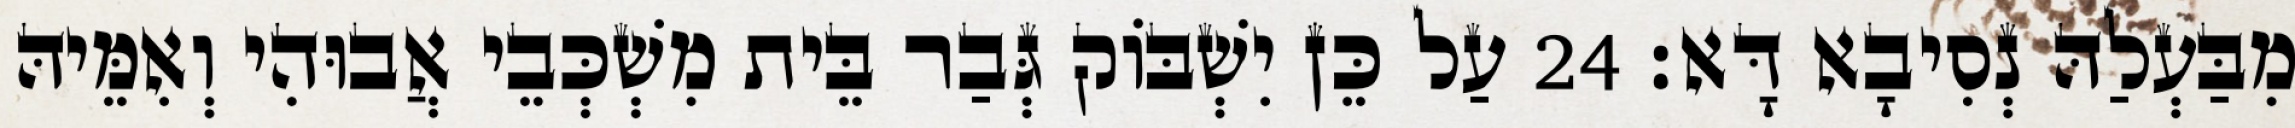
מִבַּעְלַהּ נְסִיבָא דָּא׃ 24 עַל כֵּן יִשְׁבּוֹק גְּבַר בֵּית מִשְׁכְּבֵי אֲבוּהִי וְאִמֵּיהּ